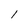
Character: 1